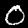
Label: 0